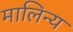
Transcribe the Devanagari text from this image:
मालिन्य